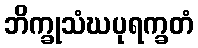
ဘိက္ခုသံဃပုရက္ခတံ